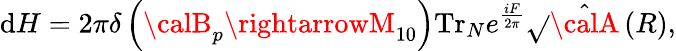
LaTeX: \mathrm{d}H=2\pi\delta\left({\calB}_{p}\rightarrowM_{10}\right)\mathrm{{Tr}}_{N}e^{\frac{{iF}}{{2\pi}}}\sqrt{}{{\hat{{\calA}}\left(R\right)}},